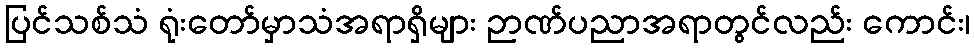
ပြင်သစ်သံ ရုံးတော်မှာသံအရာရှိများ ဉာဏ်ပညာအရာတွင်လည်း ကောင်း၊